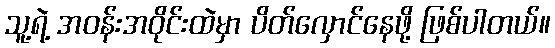
သူ့ရဲ့ အဝန်းအဝိုင်းထဲမှာ ပိတ်လှောင်နေဖို့ ဖြစ်ပါတယ်။